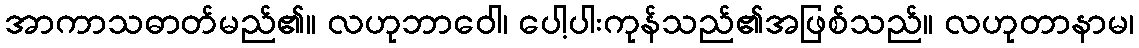
အာကာသဓာတ်မည်၏။ လဟုဘာဝေါ၊ ပေါ့ပါးကုန်သည်၏အဖြစ်သည်။ လဟုတာနာမ၊